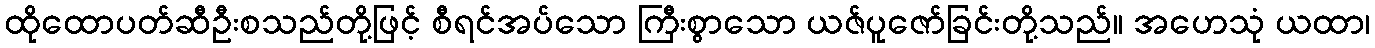
ထိုထောပတ်ဆီဦးစသည်တို့ဖြင့် စီရင်အပ်သော ကြီးစွာသော ယဇ်ပူဇော်ခြင်းတို့သည်။ အဟေသုံ ယထာ၊